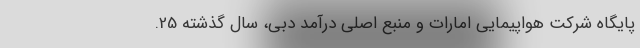
پایگاه شرکت هواپیمایی امارات و منبع اصلی درآمد دبی، سال گذشته 25.